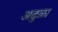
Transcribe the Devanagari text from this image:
अढुळा